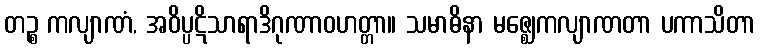
တဉ္စ ကလျာဏံ, အဝိပ္ပဋိသာရာဒိဂုဏာဝဟတ္တာ။ သမာဓိနာ မဇ္ဈေကလျာဏတာ ပကာသိတာ